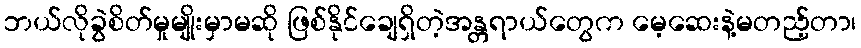
ဘယ်လိုခွဲစိတ်မှုမျိုးမှာမဆို ဖြစ်နိုင်ချေရှိတဲ့အန္တရာယ်တွေက မေ့ဆေးနဲ့မတည့်တာ၊